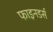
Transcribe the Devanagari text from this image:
फाइनडर्स